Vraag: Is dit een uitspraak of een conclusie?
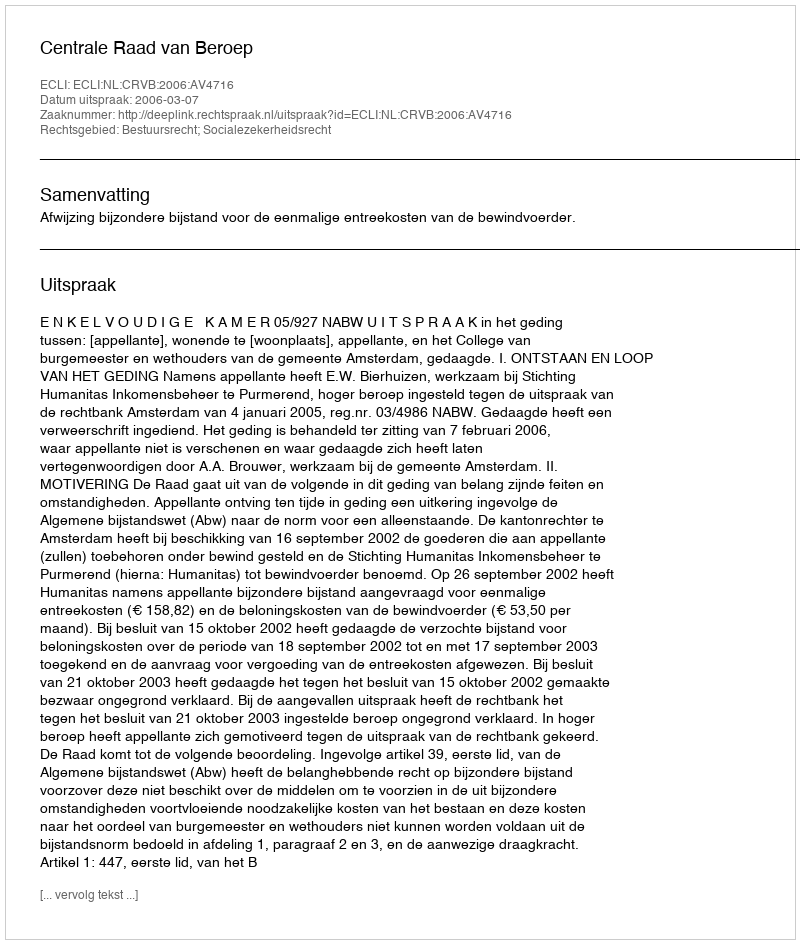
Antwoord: Uitspraak